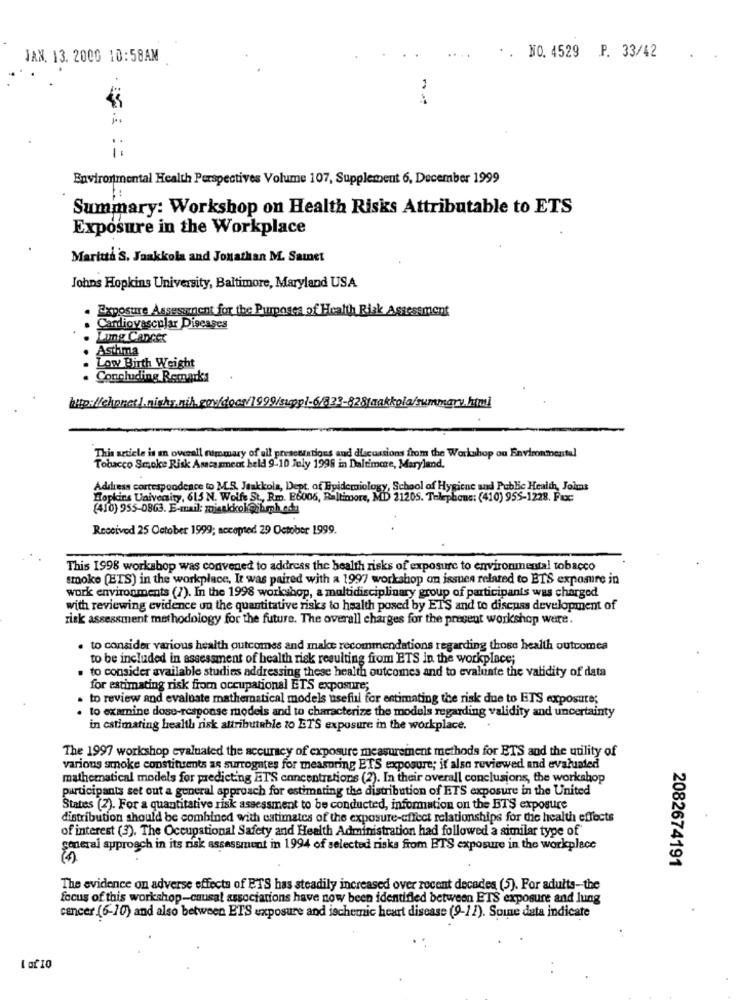
.. NO. 4529 P. 33/42
JAN. 13. 2000 10:58AM
1.
Environmental Health Perspectives Volume 107, Supplement 6, December 1999
Summary: Workshop on Health Risks Attributable to ETS
Exposure in the Workplace
Maritti'S, Jaakkola and Jonathan M. Samnet
Johns Hopkins University, Baltimore, Maryland USA
. Exposure Assessment for the Purposes of Health Risk Assessment
Cardiovascular Diseases
Lung Cancer
Asthma
Low Birth Weight
Concluding Remarks
This article is an overall rommary of ull presentations and discussions from the Workshop ou Environmental
Tobacco Smoke Risk Assessment beld 9-10 July 1998 in Daltimore, Maryland.
Address correspondence to MS. Jaakkola, Dept. of Epidemiology, School of Hygiene and Public Health, Jolms
Hopkins University, 615 N. Wolfe St, Rm. E6006, Baltimore, MD 21205. Telephone: (410) 955-1228. Pixxx:
(410) 955-0863. E-mail: misakkol@hmph.edu
Received 25 October 1999; accepted 29 October 1999.
This 1998 workshop was convened to address the health risks of exposure to environmental tobacco
smoke [ETS) in the workplace, It was paired with a 1997 workshop on issues related to ETS exposure in
work environments (7). In the 1998 workshop, a multidisciplinary group of participants was charged
with reviewing evidence on the quantitative risks to health posed by ETS and to discuss development of
risk assessment methodology for the future. The overall charges for the present workshop were.
. to consider various health outcomes and make recommendations regarding those health outcomes
to be included in assessment of health risk resulting from ETS in the workplace;
. to consider available studies addressing these health outcomes and to evaluate the validity of data
for estimating risk from occupational ETS exposure;
. to review and evaluate mathematical models useful for estimating the risk due to ETS exposure;
. to examine dose-response models and to characterize the models regarding validity and uncertainty
in estimating health risk attributable to ETS exposure in the workplace.
The 1997 workshop evaluated the accuracy of exposure measurement methods for ETS and the utility of
various smoke constituents as surrogates for measuring ETS exposure; it also reviewed and evaluated
mathematical models for predicting ETS concentrations (2). In their overall conclusions, the workshop
participants set out a general approach for estimating the distribution of ETS exposure in the United
States (2). For a quantitative risk assessment to be conducted, information on the ETS exposure
distribution should be combined with estimates of the exposure-affect relationships for tie health effects
of interest (3). The Occupational Safety and Health Administration had followed a similar type of
general approach in its risk assessment in 1994 of selected risks from ETS exposure in the workplace
2082674191
The evidence on adverse effects of ETS has steadily increased over recent decades (5). For adults-the
focus of this workshop-causal associations have now been identified between ETS exposure and lung
cancer (6-10) and also between ETS exposure and ischemic heart disease (9-12). Soune data indicate
1 of 10